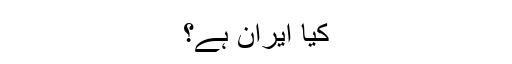
کیا ایران ہے؟